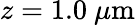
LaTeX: z=1.0\ \mu\mathrm{m}